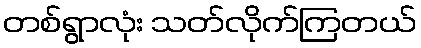
တစ်ရွာလုံး သတ်လိုက်ကြတယ်